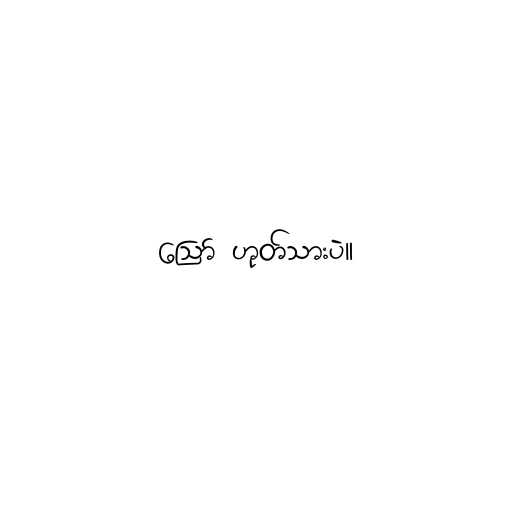
ဪ ဟုတ်သားပဲ။